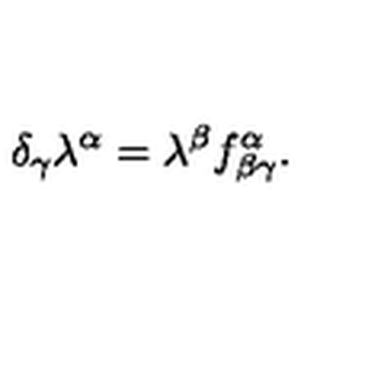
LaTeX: \delta _ { \gamma } \lambda ^ { \alpha } = \lambda ^ { \beta } f _ { \beta \gamma } ^ { \alpha } .